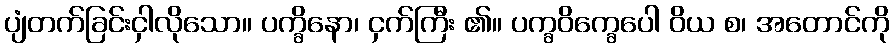
ပျံတက်ခြင်းငှါလိုသော။ ပက္ခိနော၊ ငှက်ကြီး ၏။ ပက္ခဝိက္ခေပေါ ဝိယ စ၊ အတောင်ကို